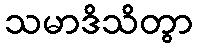
သမာဒိသိတွာ